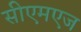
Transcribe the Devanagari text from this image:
सीएमएज